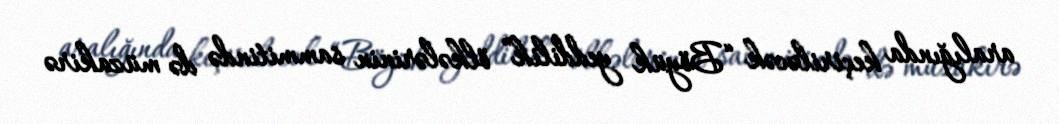
aralığında keçiriləcək “Böyük yeddilik” ölkələrinin sammitində də müzakirə